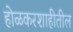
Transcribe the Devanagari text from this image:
होळकरशाहीतील